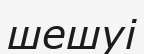
шешуі